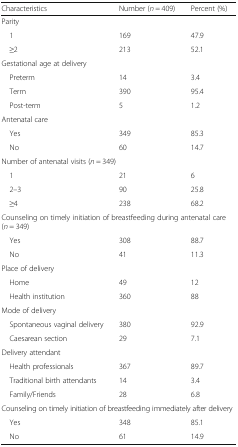
<table><thead><tr><td><b>Characteristics</b></td><td><b>Number (<i>n</i> = 409)</b></td><td><b>Percent (%)</b></td></tr></thead><tbody><tr><td colspan="3">Parity</td></tr><tr><td> 1</td><td>169</td><td>47.9</td></tr><tr><td> ≥2</td><td>213</td><td>52.1</td></tr><tr><td colspan="3">Gestational age at delivery</td></tr><tr><td> Preterm</td><td>14</td><td>3.4</td></tr><tr><td> Term</td><td>390</td><td>95.4</td></tr><tr><td> Post-term</td><td>5</td><td>1.2</td></tr><tr><td colspan="3">Antenatal care</td></tr><tr><td> Yes</td><td>349</td><td>85.3</td></tr><tr><td> No</td><td>60</td><td>14.7</td></tr><tr><td colspan="3">Number of antenatal visits (<i>n</i> = 349)</td></tr><tr><td> 1</td><td>21</td><td>6</td></tr><tr><td> 2–3</td><td>90</td><td>25.8</td></tr><tr><td> ≥4</td><td>238</td><td>68.2</td></tr><tr><td colspan="3">Counseling on timely initiation of breastfeeding during antenatal care (<i>n</i> = 349)</td></tr><tr><td> Yes</td><td>308</td><td>88.7</td></tr><tr><td> No</td><td>41</td><td>11.3</td></tr><tr><td colspan="3">Place of delivery</td></tr><tr><td> Home</td><td>49</td><td>12</td></tr><tr><td> Health institution</td><td>360</td><td>88</td></tr><tr><td colspan="3">Mode of delivery</td></tr><tr><td> Spontaneous vaginal delivery</td><td>380</td><td>92.9</td></tr><tr><td> Caesarean section</td><td>29</td><td>7.1</td></tr><tr><td colspan="3">Delivery attendant</td></tr><tr><td> Health professionals</td><td>367</td><td>89.7</td></tr><tr><td> Traditional birth attendants</td><td>14</td><td>3.4</td></tr><tr><td> Family/Friends</td><td>28</td><td>6.8</td></tr><tr><td colspan="3">Counseling on timely initiation of breastfeeding immediately after delivery</td></tr><tr><td> Yes</td><td>348</td><td>85.1</td></tr><tr><td> No</td><td>61</td><td>14.9</td></tr></tbody></table>